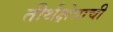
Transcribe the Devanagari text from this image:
तीर्थक्षेत्राची